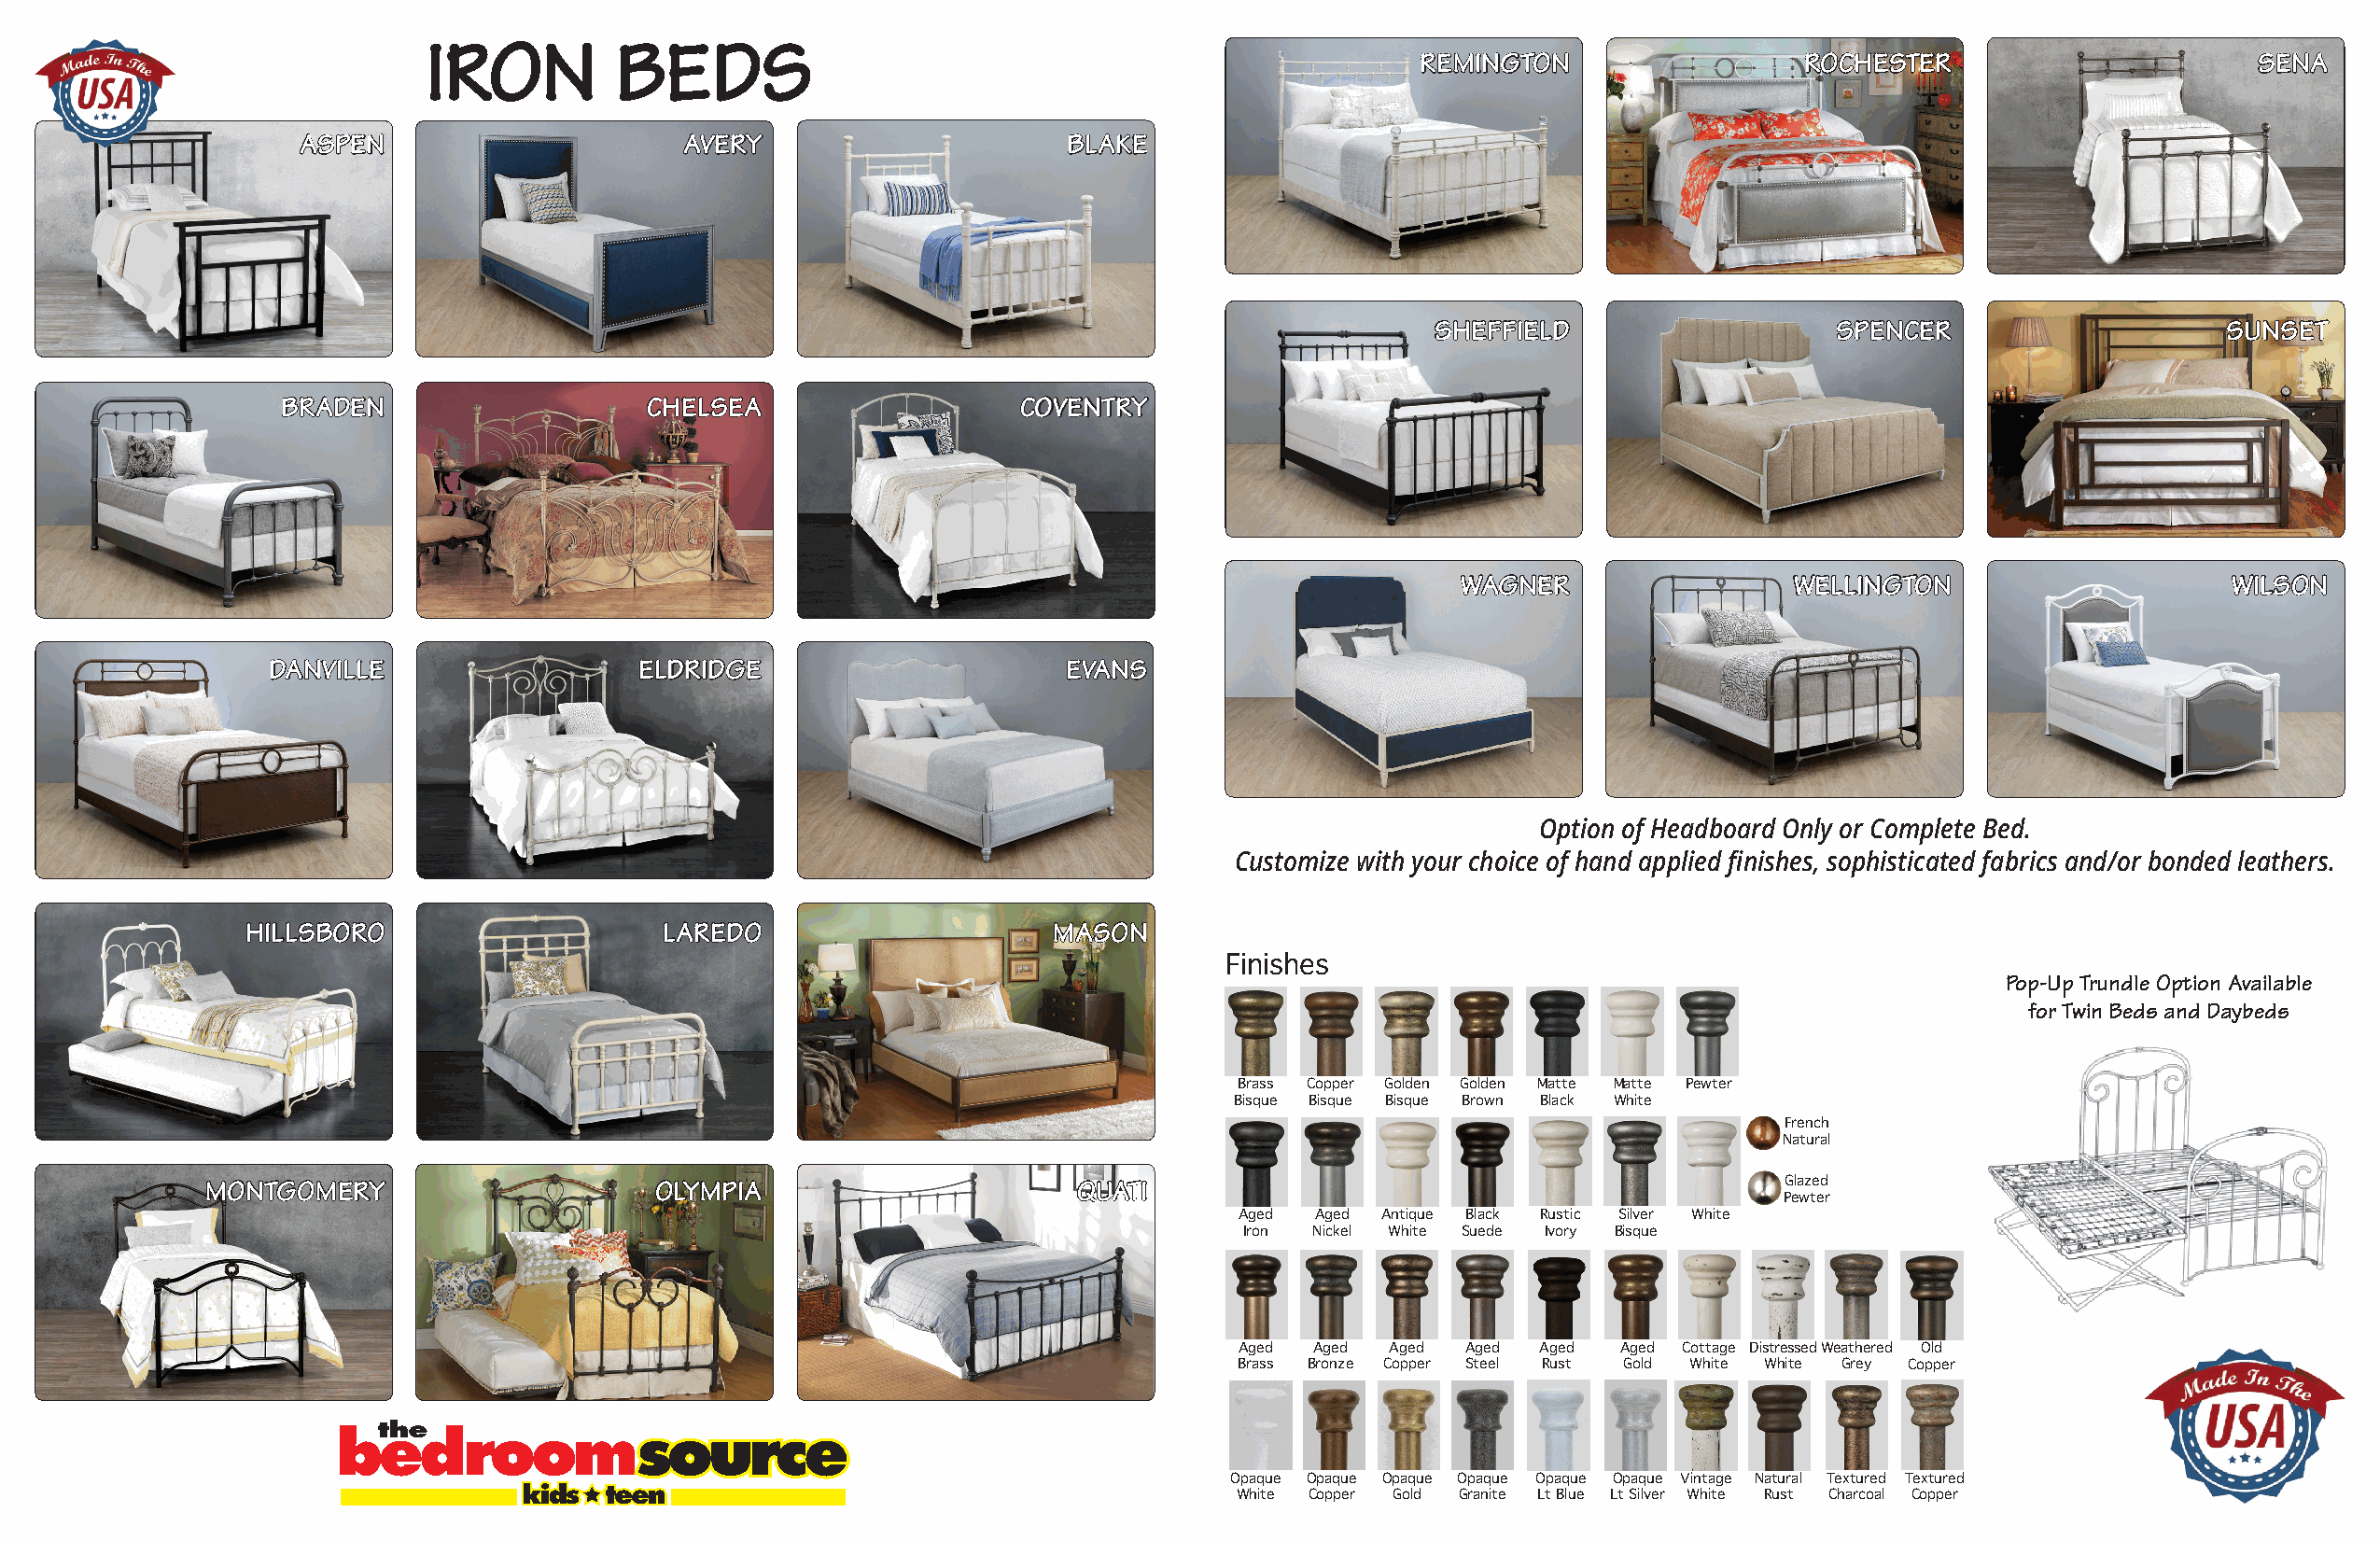
iron          bedS
 reMington                  roCHeSter                       SenA
 ASPen                      Avery                       blAke
 SHeffield                   SPenCer                     SunSet
 brAden                    CHelSeA                   Coventry
 WAgner                 Wellington                     WilSon
 dAnville                  eldridge                       evAnS
 Option of Headboard Only or Complete Bed.
 Customize with your choice of hand applied finishes, sophisticated fabrics and/or bonded leathers.
 HillSboro                     lAredo                      MASon
 Finishes
 Pop-up trundle option Available
 for twin beds and daybeds
 Brass Copper Golden Golden Matte Matte Pewter
 Bisque Bisque Bisque Brown Black White
 French
 Natural
 MontgoMery                     olyMPiA                       QuAti                                              Glazed
 Pewter
 Aged Aged Antique Black Rustic Silver White
 Iron Nickel White Suede Ivory Bisque
 Aged Aged  Aged Aged Aged  Aged Cottage DistressedWeathered Old
 Brass Bronze Copper Steel Rust Gold White White Grey Copper
 Opaque Opaque Opaque Opaque Opaque Opaque Vintage Natural Textured Textured
 White Copper Gold Granite Lt Blue Lt Silver White Rust Charcoal Copper